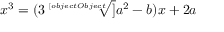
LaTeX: x ^ { 3 } = ( 3 { \sqrt [ [object Object] ] { a ^ { 2 } - b } } ) x + 2 a